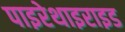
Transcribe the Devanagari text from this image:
पाइरेथाइराइड